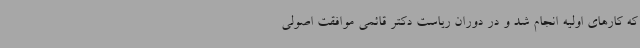
که کارهای اولیه انجام شد و در دوران ریاست دکتر قائمی موافقت اصولی